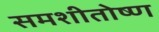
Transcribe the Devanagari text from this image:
समशीतोष्‍ण